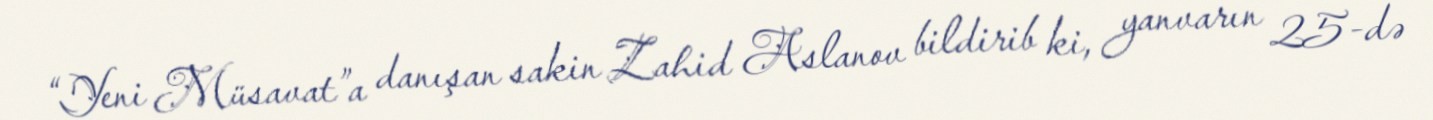
“Yeni Müsavat”a danışan sakin Zahid Aslanov bildirib ki, yanvarın 25-də